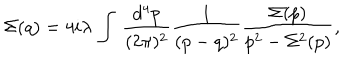
\Sigma ( q ) = 4 i \lambda \, \int \, \frac { d ^ { 4 } p } { ( 2 \pi ) ^ { 2 } } \frac { 1 } { ( p - q ) ^ { 2 } } \frac { \Sigma ( p ) } { p ^ { 2 } - \Sigma ^ { 2 } ( p ) } ,